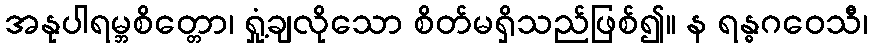
အနုပါရမ္ဘစိတ္တော၊ ရှုံ့ချလိုသော စိတ်မရှိသည်ဖြစ်၍။ န ရန္ဓဂဝေသီ၊